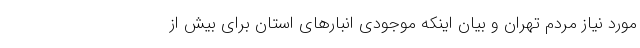
مورد نیاز مردم تهران و بیان اینکه موجودی انبارهای استان برای بیش از